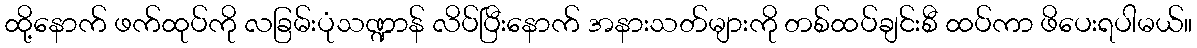
ထို့နောက် ဖက်ထုပ်ကို လခြမ်းပုံသဏ္ဍာန် လိပ်ပြီးနောက် အနားသတ်များကို တစ်ထပ်ချင်းစီ ထပ်ကာ ဖိပေးရပါမယ်။